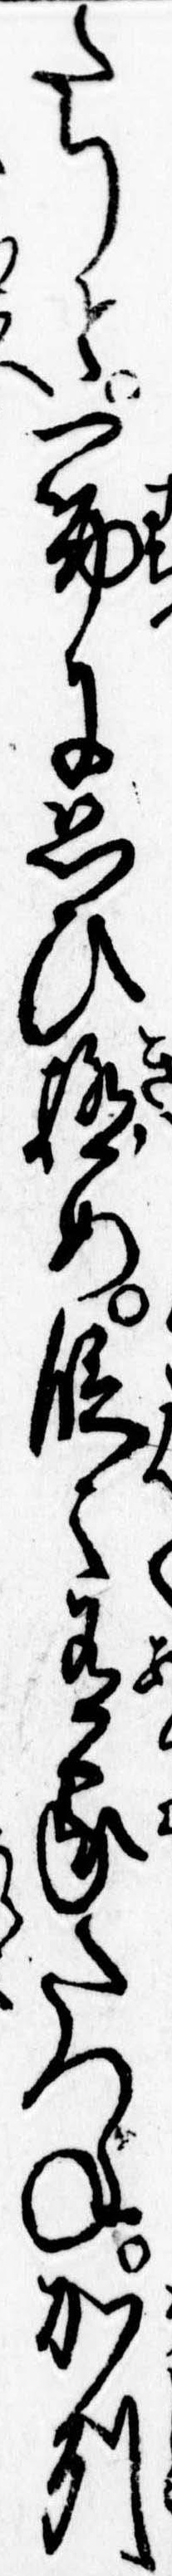
たりと一筋に思ひ極め段々有家たつね加州